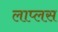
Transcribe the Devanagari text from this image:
लाप्लस